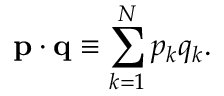
\mathbf { p } \cdot \mathbf { q } \equiv \sum _ { k = 1 } ^ { N } p _ { k } q _ { k } .